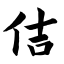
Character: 佶